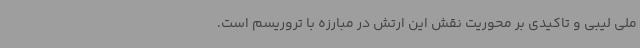
ملی لیبی و تاکیدی بر محوریت نقش این ارتش در مبارزه با تروریسم است.